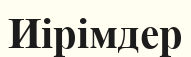
Иірімдер